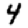
Digit: 4